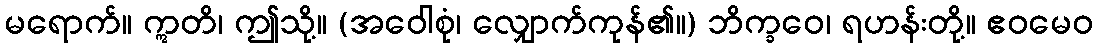
မရောက်။ ဣတိ၊ ဤသို့။ (အဝေါစုံ၊ လျှောက်ကုန်၏။) ဘိက္ခဝေ၊ ရဟန်းတို့။ ဧဝမေဝ